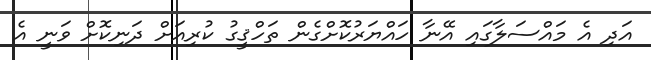
އަދި އެ މައްސަލާގައި އޭނާ ހައްޔަރުކޮށްގެން ތަހްޤީގު ކުރިއަށް ދަނިކޮށް ވަނީ އެ